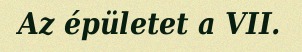
Az épületet a VII.